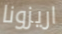
اريزونا